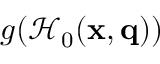
g ( \mathcal { H } _ { 0 } ( \mathbf { x } , \mathbf { q } ) )